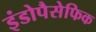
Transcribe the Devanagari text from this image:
इंडोपैसेफिक